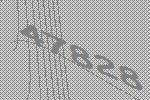
47828